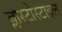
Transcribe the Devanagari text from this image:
ब्लास्टोस्टाइल